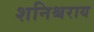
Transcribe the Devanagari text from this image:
शनिश्चराय